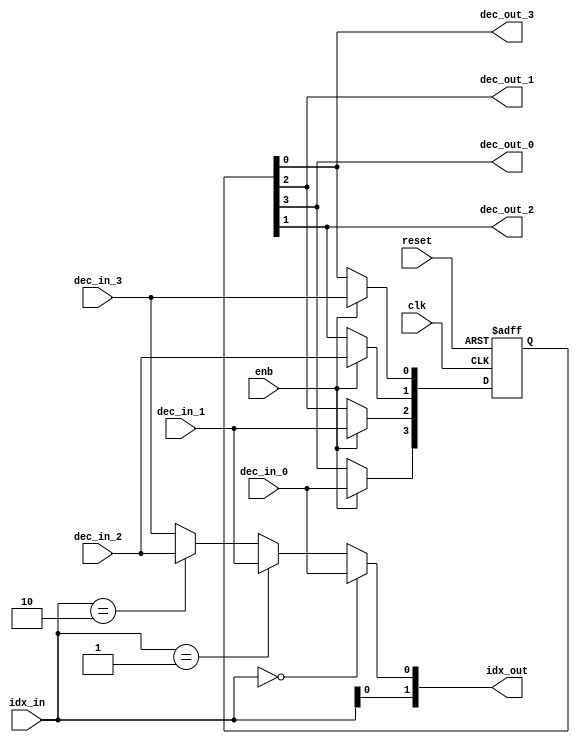
// -------------------------------------------------------------
// 
// 
// Generated by MATLAB 9.13 and HDL Coder 4.0
// 
// -------------------------------------------------------------


// -------------------------------------------------------------
// 
// Module: TracebackUnit
// Source Path: hdlcoder_commviterbi/Subsystem/Viterbi Decoder/Traceback/TracebackUnit
// Hierarchy Level: 3
// 
// Traceback Decoding Unit
// 
// -------------------------------------------------------------

`timescale 1 ns / 1 ns

module TracebackUnit
          (clk,
           reset,
           enb,
           dec_in_0,
           dec_in_1,
           dec_in_2,
           dec_in_3,
           idx_in,
           dec_out_0,
           dec_out_1,
           dec_out_2,
           dec_out_3,
           idx_out);


  input   clk;
  input   reset;
  input   enb;
  input   dec_in_0;  // ufix1
  input   dec_in_1;  // ufix1
  input   dec_in_2;  // ufix1
  input   dec_in_3;  // ufix1
  input   [1:0] idx_in;  // ufix2
  output  dec_out_0;  // ufix1
  output  dec_out_1;  // ufix1
  output  dec_out_2;  // ufix1
  output  dec_out_3;  // ufix1
  output  [1:0] idx_out;  // ufix2


  wire [0:3] dec_in;  // ufix1 [4]
  reg  [0:3] dec_out;  // ufix1 [4]
  wire slicedidx;  // ufix1
  wire thread;  // ufix1


  assign dec_in[0] = dec_in_0;
  assign dec_in[1] = dec_in_1;
  assign dec_in[2] = dec_in_2;
  assign dec_in[3] = dec_in_3;

  always @(posedge clk or posedge reset)
    begin : decshiftRegister_process
      if (reset == 1'b1) begin
        dec_out[0] <= 1'b0;
        dec_out[1] <= 1'b0;
        dec_out[2] <= 1'b0;
        dec_out[3] <= 1'b0;
      end
      else begin
        if (enb) begin
          dec_out[0] <= dec_in[0];
          dec_out[1] <= dec_in[1];
          dec_out[2] <= dec_in[2];
          dec_out[3] <= dec_in[3];
        end
      end
    end



  assign dec_out_0 = dec_out[0];

  assign dec_out_1 = dec_out[1];

  assign dec_out_2 = dec_out[2];

  assign dec_out_3 = dec_out[3];

  assign slicedidx = idx_in[0];



  // Decode the previous state based on current state and the decision branch
  assign thread = (idx_in == 2'b00 ? dec_in[0] :
              (idx_in == 2'b01 ? dec_in[1] :
              (idx_in == 2'b10 ? dec_in[2] :
              dec_in[3])));



  assign idx_out = {slicedidx, thread};



endmodule  // TracebackUnit